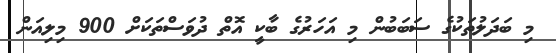
މި ބަދަލުތަކުގެ ސަބަބުން މި އަހަރުގެ ބާކީ އޮތް ދުވަސްތަކަށް 900 މިލިއަން